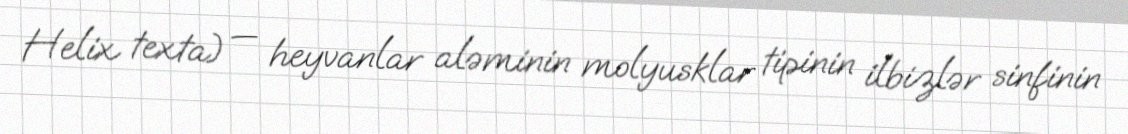
Helix texta) — heyvanlar aləminin molyusklar tipinin i̇lbizlər sinfinin